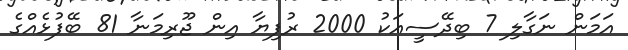
އަމަން ނަގާލި 7 ބިދޭސީއަކު 2000 ރުފިޔާ އިން ޖޫރިމަނާ 81 ބޭފުޅެއްގެ